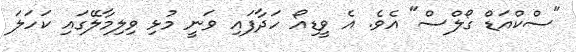
"ސްކްއަޑް ގޯލްސް" އެވެ. އެ ވީޑިއޯ ހަދާފައި ވަނީ މުޅި ވިލިމާލޭގައި ކަހަލަ